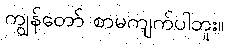
ကျွန်တော် စာမကျက်ပါဘူး။